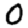
Digit: 0